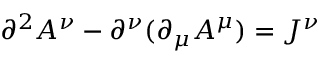
\partial ^ { 2 } A ^ { \nu } - \partial ^ { \nu } ( \partial _ { \mu } A ^ { \mu } ) = J ^ { \nu }